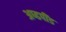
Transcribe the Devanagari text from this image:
अष्डपींड